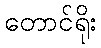
တောင်ရိုး